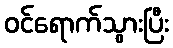
ဝင်ရောက်သွားပြီး